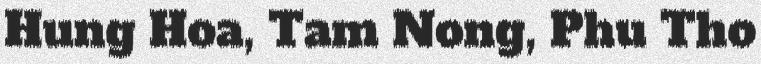
Hung Hoa, Tam Nong, Phu Tho